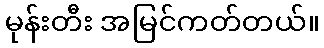
မုန်းတီး အမြင်ကတ်တယ်။